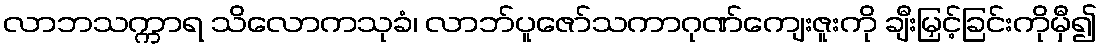
လာဘသက္ကာရ သိလောကသုခံ၊ လာဘ်ပူဇော်သကာဂုဏ်ကျေးဇူးကို ချီးမြှင့်ခြင်းကိုမှီ၍